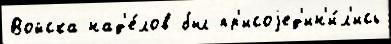
Войска над'е́лов был пр'исоjед'ин'и́л'ись